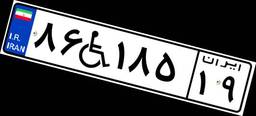
۸۶W۱۸۵۱۹